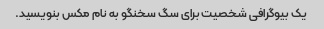
یک بیوگرافی شخصیت برای سگ سخنگو به نام مکس بنویسید.